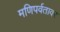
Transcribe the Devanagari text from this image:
मणिपर्वतावर